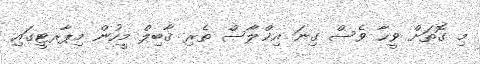
މި ގޮތަށް ވީހާ ވެސް ގިނަ އިޚްލާސް ތެރި ޤާބިލް މީހުން މިޕާރޓީގައި